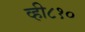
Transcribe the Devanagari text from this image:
व्ही८१०